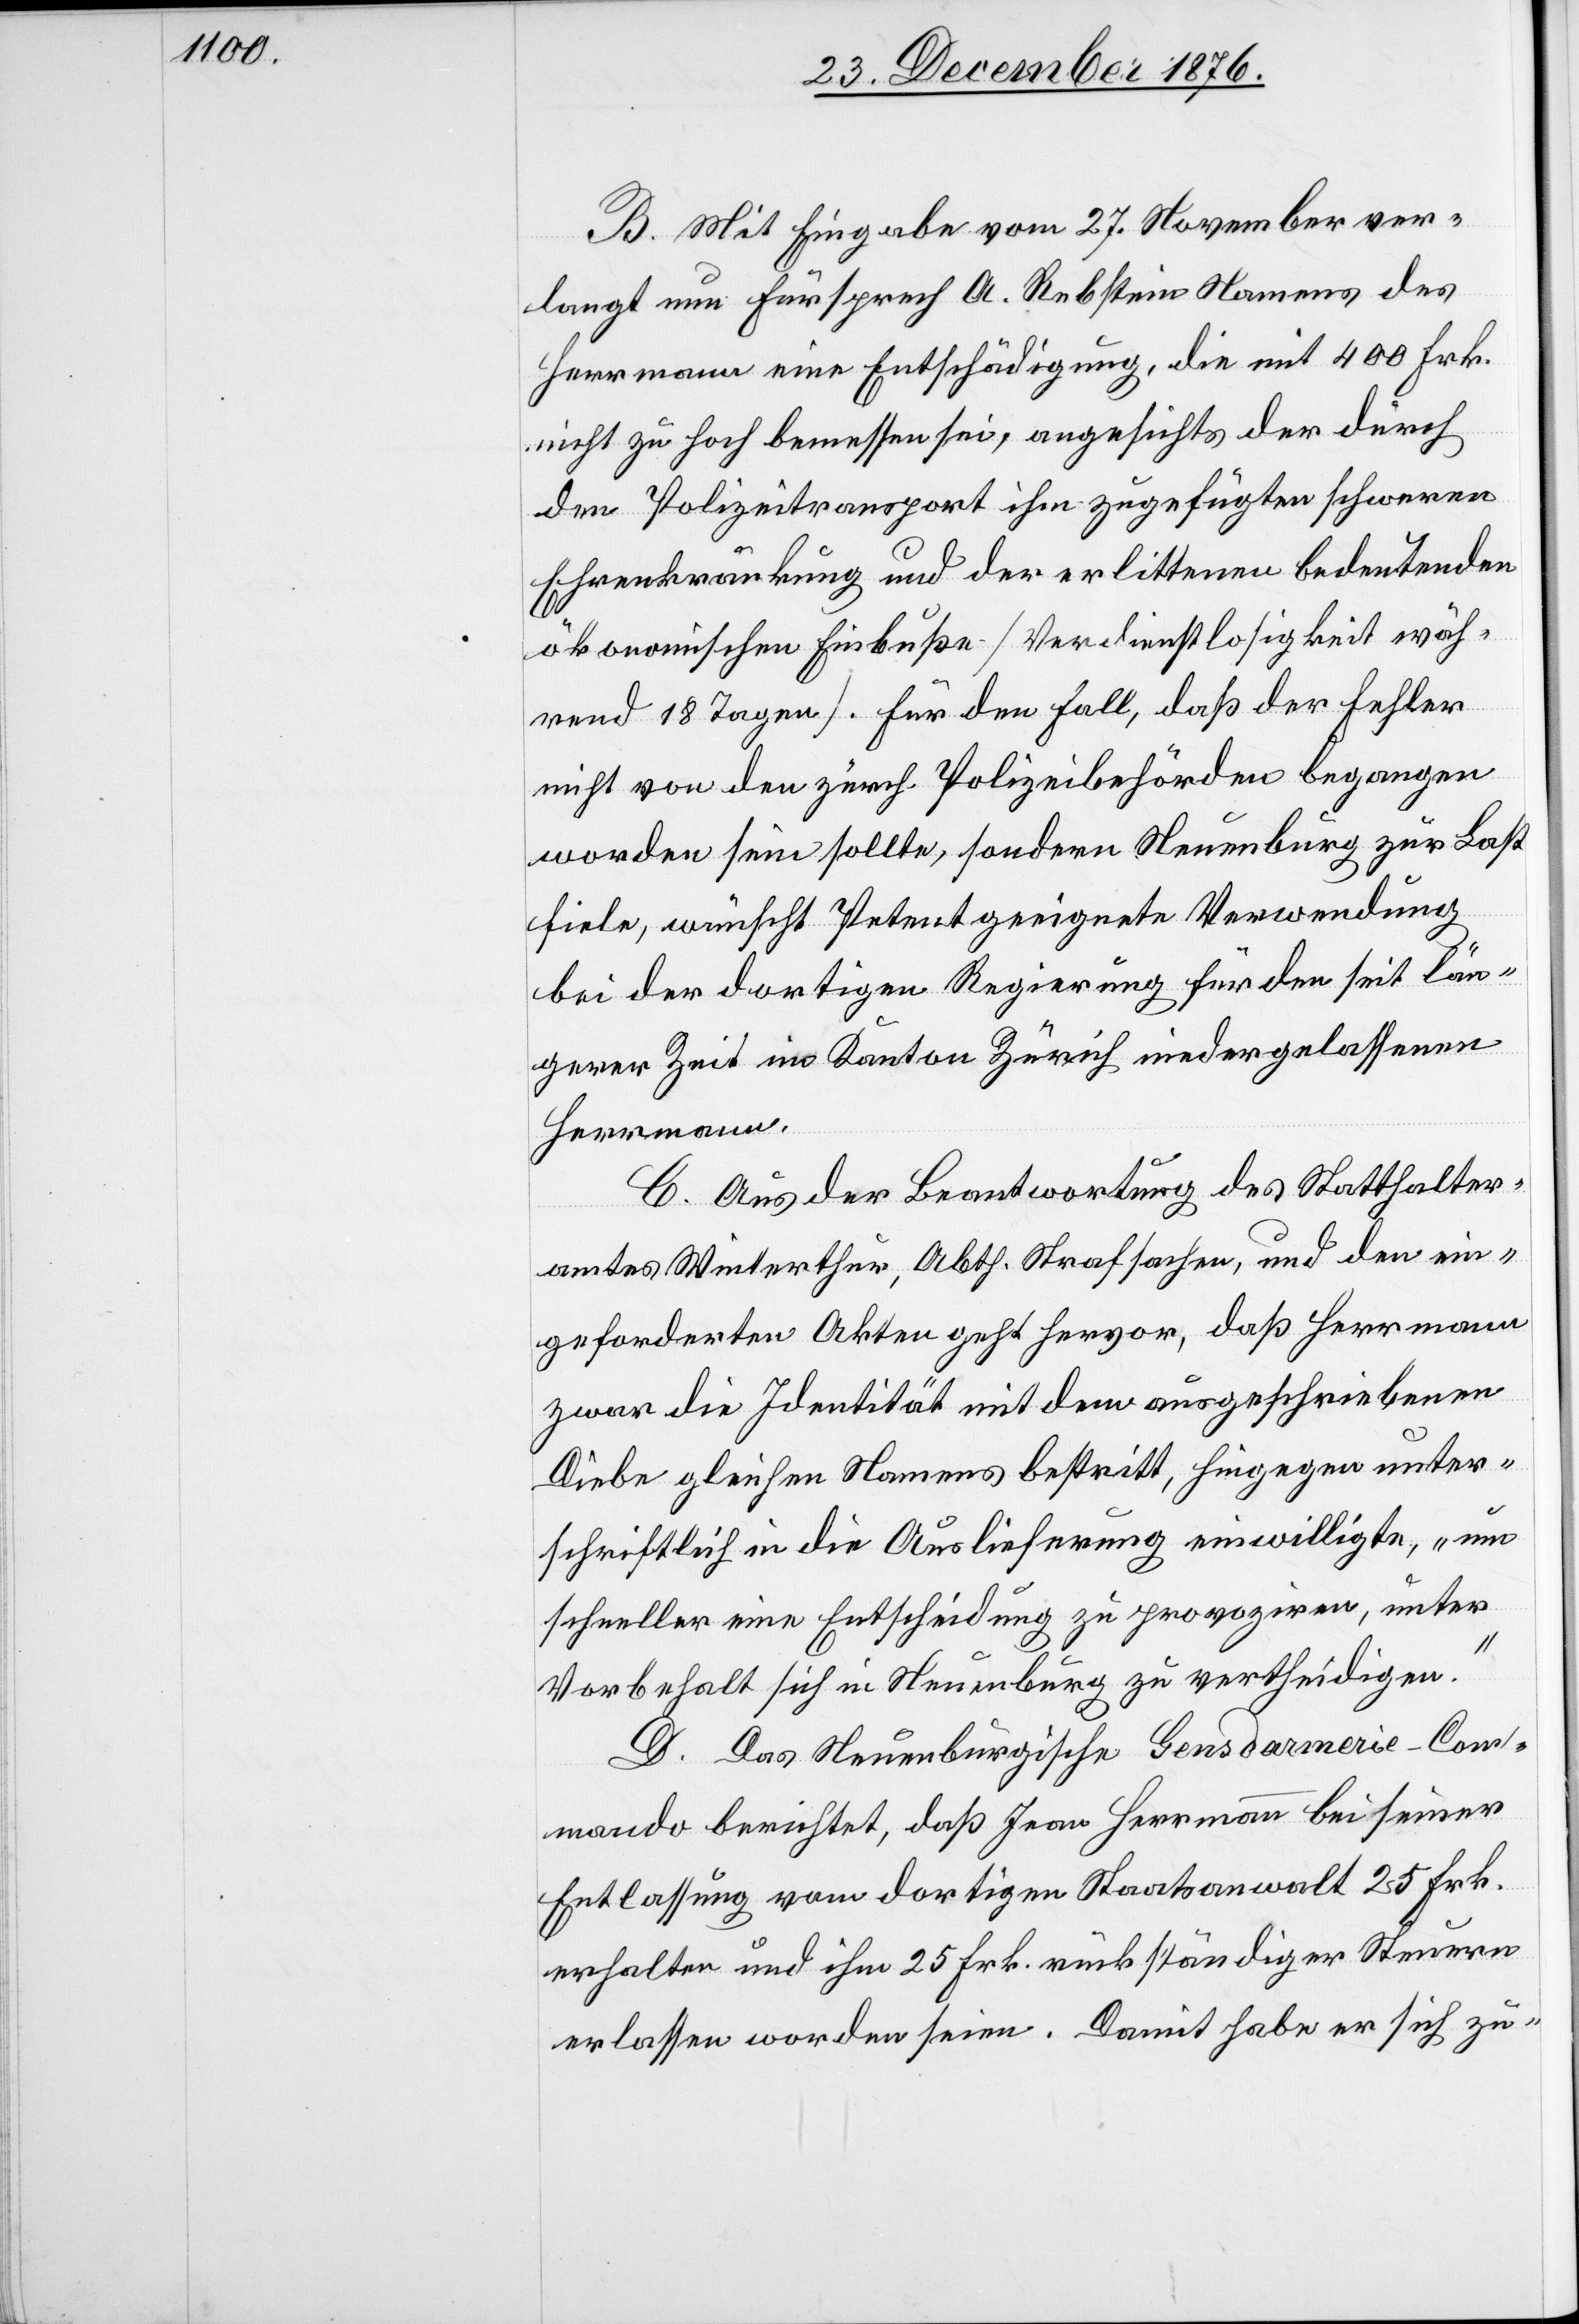
B. Mit Eingabe vom 27. November ver¬
langt nun Fürsprech A. Rebstein Namens des
Herrmann eine Entschädigung, die mit 400 Frk.
nicht zu hoch bemessen sei, angesichts der durch
den Polizeitransport ihm zugeführten schweren
Ehrenkränkung und der erlittenen bedeutenden
ökonomischen Einbuße [Verdienstlosigkeit wäh¬
rend 18 Tagen]. Für den Fall, daß der Fehler
nicht von den zürch. Polizeibehörden begangen
worden sein sollte, sondern Neuenburg zur Last
fiele, wünscht Petent geeignete Verwendung
bei der dortigen Regierung für den seit län¬
gerer Zeit im Kanton Zürich niedergelassenen
Herrmann.
C. Aus der Beantwortung des Statthalter¬
amtes Winterthur, Abth. Strafsachen, und den ein¬
geforderten Akten geht hervor, daß Herrmann
zwar die Identität mit dem ausgeschriebenen
Diebe gleichen Namens bestritt, hiegegen unter¬
schriftlich in die Auslieferung einwilligte, „um
schneller eine Entscheidung zu provoziren, unter
Vorbehalt sich in Neuenburg zu vertheidigen.“
D. Das Neuenburgische Gensdarmerie-Com¬
mando [sic!] berichtet, daß Jean Herrmann bei seiner
Entlassung vom dortigen Staatsanwalt 25 Frk.
erhalten und ihm 25 Frk. rückständiger Steuern
erlassen worden seien. Damit habe er sich zu-